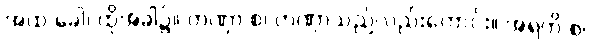
အထ ခေါ၊ ထိုအခါ၌။ တဏှာ စ၊ တဏှာသည်လည်းကောင်း။ အရတိ စ၊